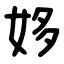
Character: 姼